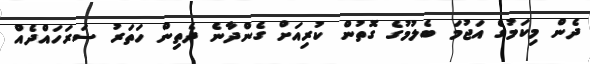
ދެން މިކަމުގެ އަޖުމަ ބެލުމުގެ ގޮތުން ކުރިއަށް ގެންދާނެ ދެތިން ހަތަރު ސަރަހައްދެއް